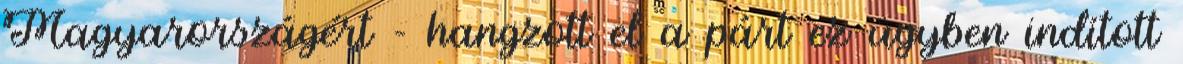
Magyarországért - hangzott el a párt ez ügyben indított